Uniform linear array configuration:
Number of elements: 64
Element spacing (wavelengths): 0.5
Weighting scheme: hann
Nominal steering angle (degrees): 15
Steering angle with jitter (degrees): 15.921
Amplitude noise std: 0.05
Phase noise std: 0.05

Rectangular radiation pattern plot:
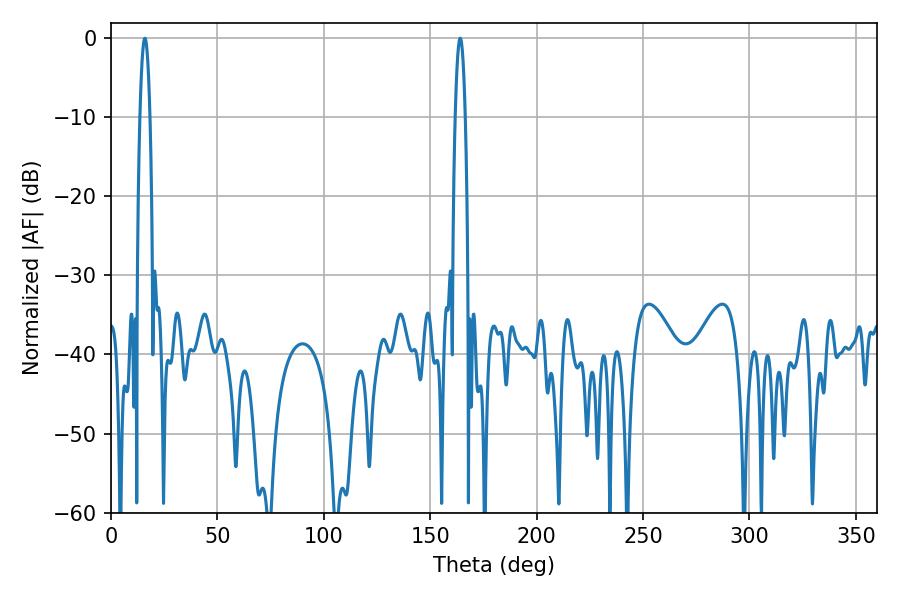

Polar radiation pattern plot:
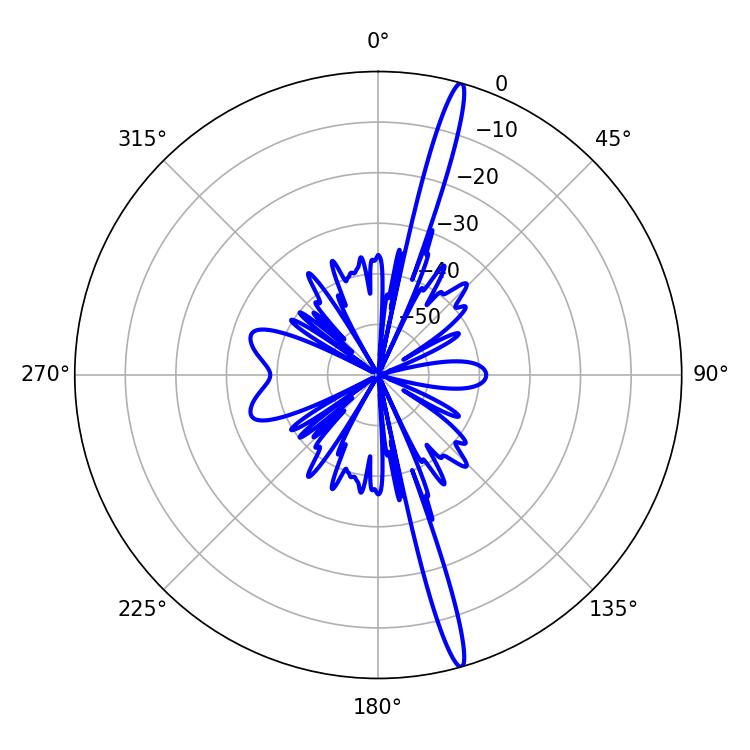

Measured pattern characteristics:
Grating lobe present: FALSE
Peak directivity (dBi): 18.684
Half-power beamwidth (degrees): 2.7
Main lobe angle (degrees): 15.84